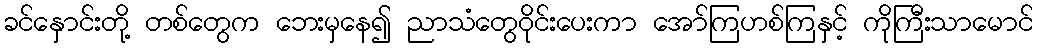
ခင်နှောင်းတို့ တစ်တွေက ဘေးမှနေ၍ ညာသံတွေဝိုင်းပေးကာ အော်ကြဟစ်ကြနှင့် ကိုကြီးသာမောင်